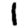
Digit: 1